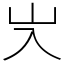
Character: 㞥